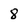
Character: 8